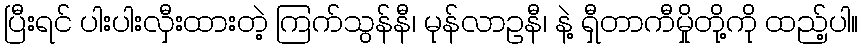
ပြီးရင် ပါးပါးလှီးထားတဲ့ ကြက်သွန်နီ၊ မုန်လာဥနီ၊ နဲ့ ရှီတာကီမှိုတို့ကို ထည့်ပါ။